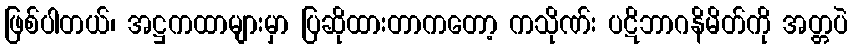
ဖြစ်ပါတယ်၊ အဋ္ဌကထာများမှာ ပြဆိုထားတာကတော့ ကသိုဏ်း ပဋိဘာဂနိမိတ်ကို အတ္တပဲ